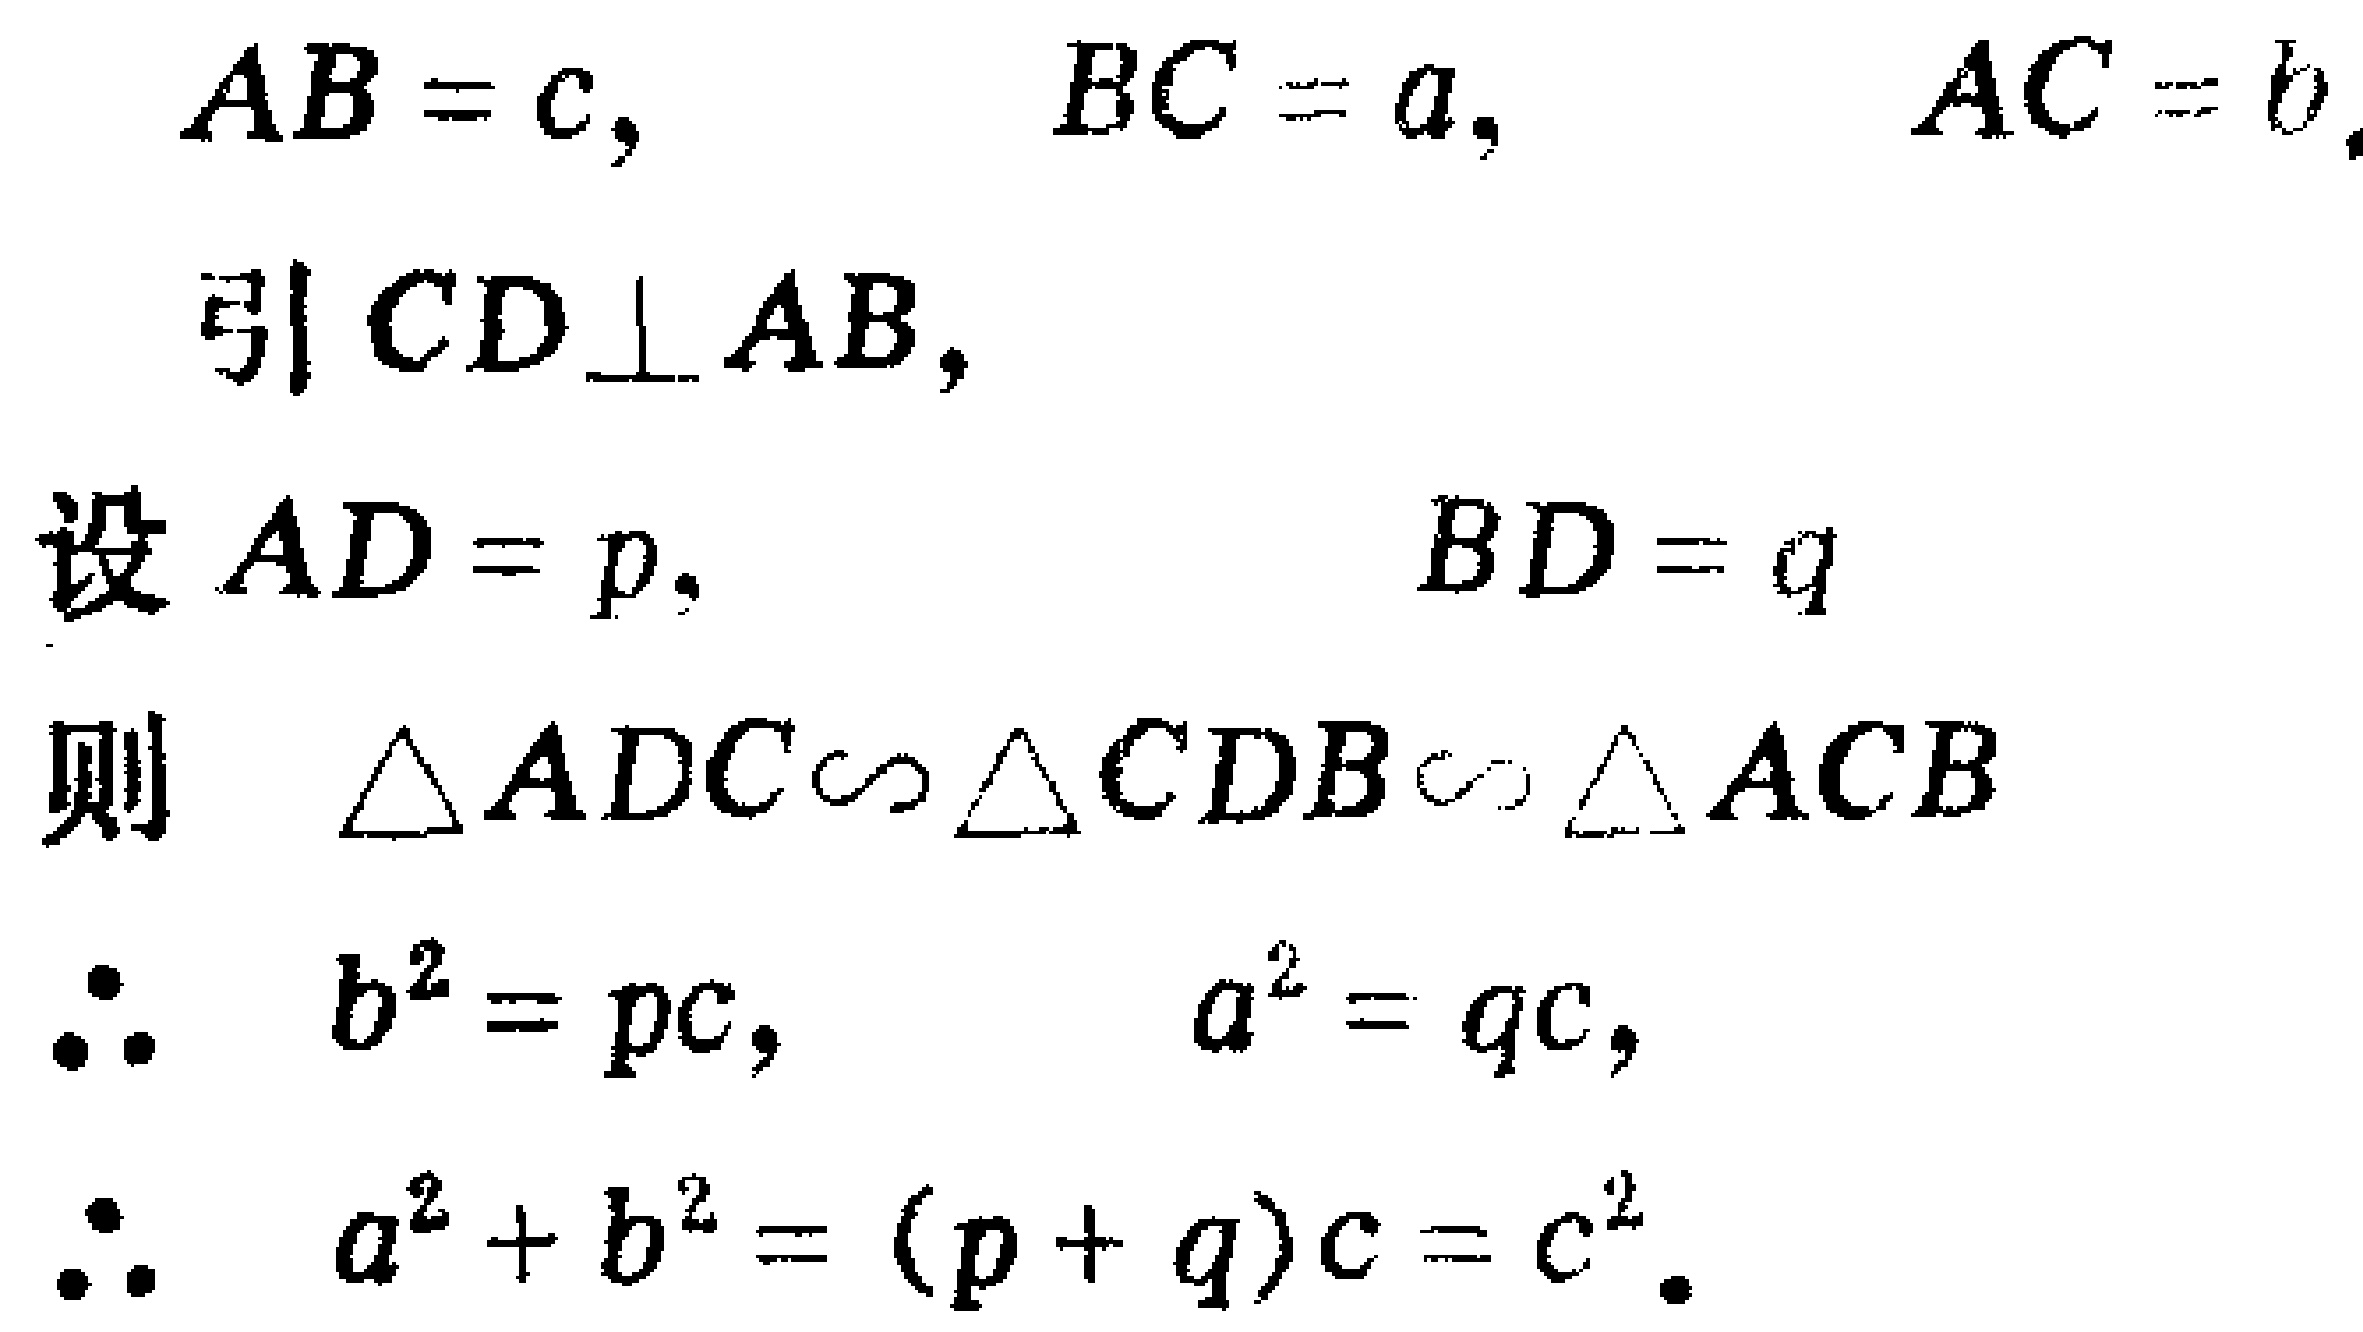
\begin{align*}
AB&=c, &BC&=a, &AC&=b.\\
&\text{引 }CD\perp AB,\\
\text{设 }AD&=p, &BD&=q\\
\text{则 }\triangle ADC&\sim\triangle CDB\sim\triangle ACB\\
\therefore\quad b^{2}&=pc, &a^{2}&=qc,\\
\therefore\quad a^{2}+b^{2}&=(p + q)c=c^{2}.
\end{align*}